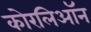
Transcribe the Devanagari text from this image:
कोरलिऑन